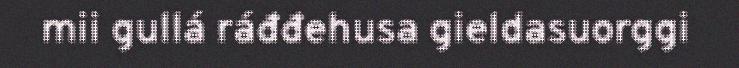
mii gullá ráđđehusa gieldasuorggi